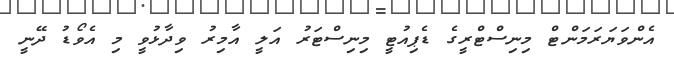
އެންވަޔަރަމަންޓް މިނިސްޓްރީގެ ޑެޕިއުޓީ މިނިސްޓަރު އަލީ އާމިރު ވިދާޅުވީ މި އެވޯޑު ދޭނީ